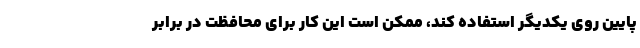
پایین روی یکدیگر استفاده کند، ممکن است این کار برای محافظت در برابر